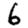
Digit: 6